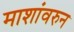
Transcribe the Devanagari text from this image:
माशांवरुन